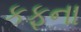
કફના